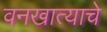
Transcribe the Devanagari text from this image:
वनखात्याचे